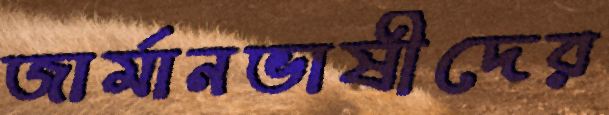
জার্মানভাষীদের